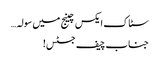
سٹاک ایکس چینج میں سولہ…
جناب چیف جسٹس!